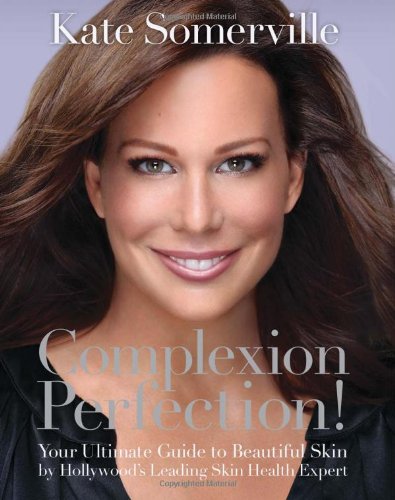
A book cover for Complexion Perfection!: Your Ultimate Guide to Beautiful Skin by HollywoodEEs Leading Skin Health Expert; Kate Somerville; Health, Fitness & Dieting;